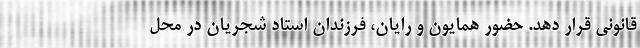
قانونی قرار دهد. حضور همایون و رایان، فرزندان استاد شجریان در محل